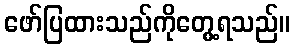
ဖော်ပြထားသည်ကိုတွေ့ရသည်။